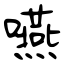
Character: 嚥